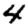
Digit: 4